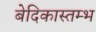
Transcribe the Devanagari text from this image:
बेदिकास्तम्भ